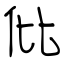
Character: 仳